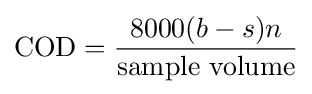
\mathrm {COD} ={\frac {8000(b-s)n}{\text{sample volume}}}